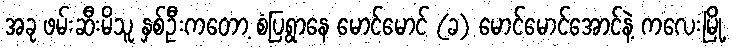
အခု ဖမ်းဆီးမိသူ နှစ်ဦးကတော့ စံပြရွာနေ မောင်မောင် (ခ) မောင်မောင်အောင်နဲ့ ကလေးမြို့